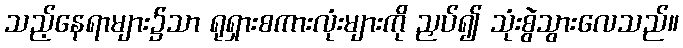
သည့်နေရာများ၌သာ ရုရှားစကားလုံးများကို ညှပ်၍ သုံးစွဲသွားလေသည်။